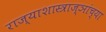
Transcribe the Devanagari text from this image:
राज्याशास्त्राज्ञांच्या